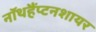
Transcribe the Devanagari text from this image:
नॉथहैंप्टनशायर